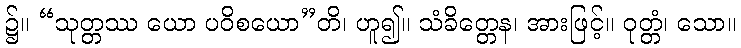
၌။ “သုတ္တဿ ယော ပဝိစယော”တိ၊ ဟူ၍။ သံခိတ္တေန၊ အားဖြင့်။ ဝုတ္တံ၊ သော။